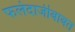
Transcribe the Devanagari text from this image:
फलंदाजीबाबत